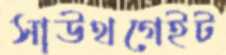
সাউথগেইট